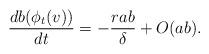
LaTeX: \begin{align*}\frac{d b(\phi_t(v))}{dt} = - \frac{rab}{\delta} + O(ab).\end{align*}